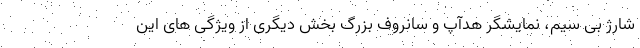
شارژ بی سیم، نمایشگر هدآپ و سانروف بزرگ بخش دیگری از ویژگی های این